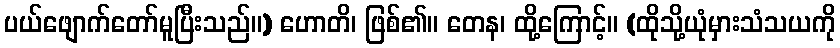
ပယ်ဖျောက်တော်မူပြီးသည်။) ဟောတိ၊ ဖြစ်၏။ တေန၊ ထို့ကြောင့်။ (ထိုသို့ယုံမှားသံသယကို